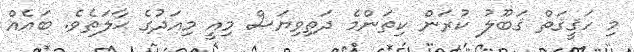
މި ހަޤީޤަތް ޤަބޫލު ކުރަން ކިތަންމެ ދަތިވިޔަސް މިއީ މިއަދުގެ ޙާލަތެވެ. ބައެއް